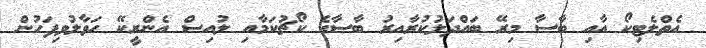
އެތްލެޓިކޯ އާއި ބާސާ މިރޭ ބައްދަލުކުރާއިރު ބާސާގެ ކޯޗުކަމާއި ލުއިސް އެންރީކޭ ހަވާލުވިފަހުން